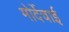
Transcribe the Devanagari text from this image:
मोर्देचाई